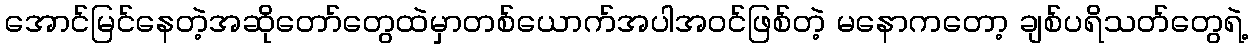
အောင်မြင်နေတဲ့အဆိုတော်တွေထဲမှာတစ်ယောက်အပါအဝင်ဖြစ်တဲ့ မနောကတော့ ချစ်ပရိသတ်တွေရဲ့